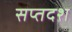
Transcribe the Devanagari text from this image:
सप्तदश